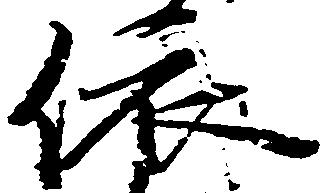
依